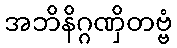
အဘိနိဂ္ဂဏှိတဗ္ဗံ